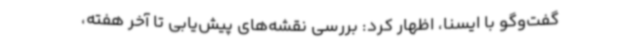
گفت‌وگو با ایسنا، اظهار کرد: بررسی نقشه‌های پیش‌یابی تا آخر هفته،